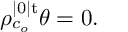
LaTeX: \rho _ { c _ { o } } ^ { | 0 | \mathrm { t } } \theta = 0 .